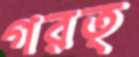
গরত্